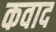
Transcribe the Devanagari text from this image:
कवाद